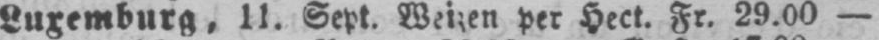
Luxemburg, 11. Sept Weizen per Hect. Fr. 29.00 -